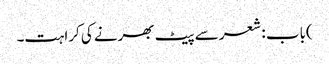
)باب : شعر سے پیٹ بھرنے کی کراہت۔